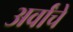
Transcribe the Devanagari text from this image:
अर्वांचे